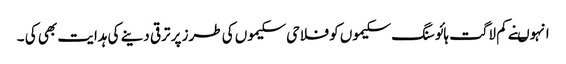
انہوںنے کم لاگت ہائوسنگ سکیموں کو فلاحی سکیموں کی طرز پر ترقی دینے کی ہدایت بھی کی ۔